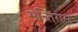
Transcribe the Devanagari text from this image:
मेन्तिरास